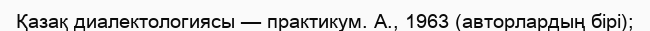
Қазақ диалектологиясы — практикум. А., 1963 (авторлардың бірі);